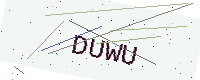
Text: DUWU